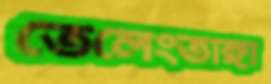
তেলেংতাঙ্গা